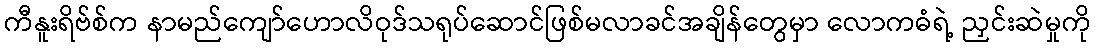
ကီနူးရိဗ်စ်က နာမည်ကျော်ဟောလိဝုဒ်သရုပ်ဆောင်ဖြစ်မလာခင်အချိန်တွေမှာ လောကဓံရဲ့ ညှင်းဆဲမှုကို